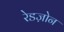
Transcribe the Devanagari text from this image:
रेडज़ोन